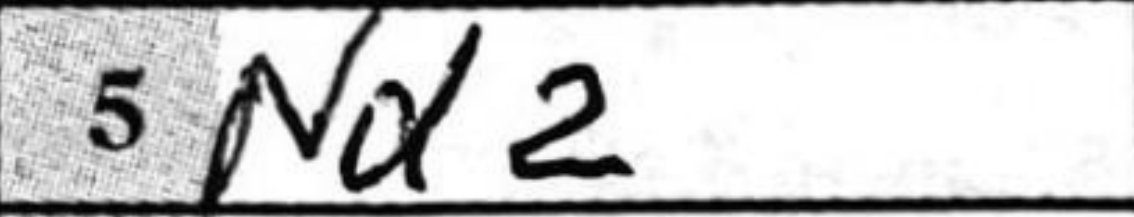
Transcription: Nd2